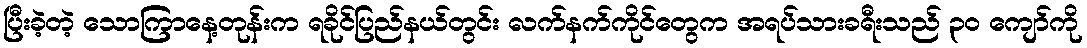
ပြီးခဲ့တဲ့ သောကြာနေ့တုန်းက ရခိုင်ပြည်နယ်တွင်း လက်နက်ကိုင်တွေက အရပ်သားခရီးသည် ၃၀ ကျော်ကို